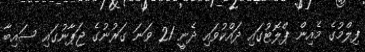
ފިލްމުގެ މެއިން ޕްލޮޓުގައި ދައްކުވައި ދެނީ 21 ވަނަ ގަރުނުގެ ޖަޕާނުގައި ސައިބާ